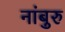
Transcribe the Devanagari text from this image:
नांबुरु